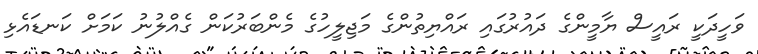
ވަހީދަކީ ރައީސް ޔާމީންގެ ދައުރުގައި ރައްޔިތުންގެ މަޖިލީހުގެ މެންބަރުކަން ގެއްލުނު ކަމަށް ކަނޑައެޅި